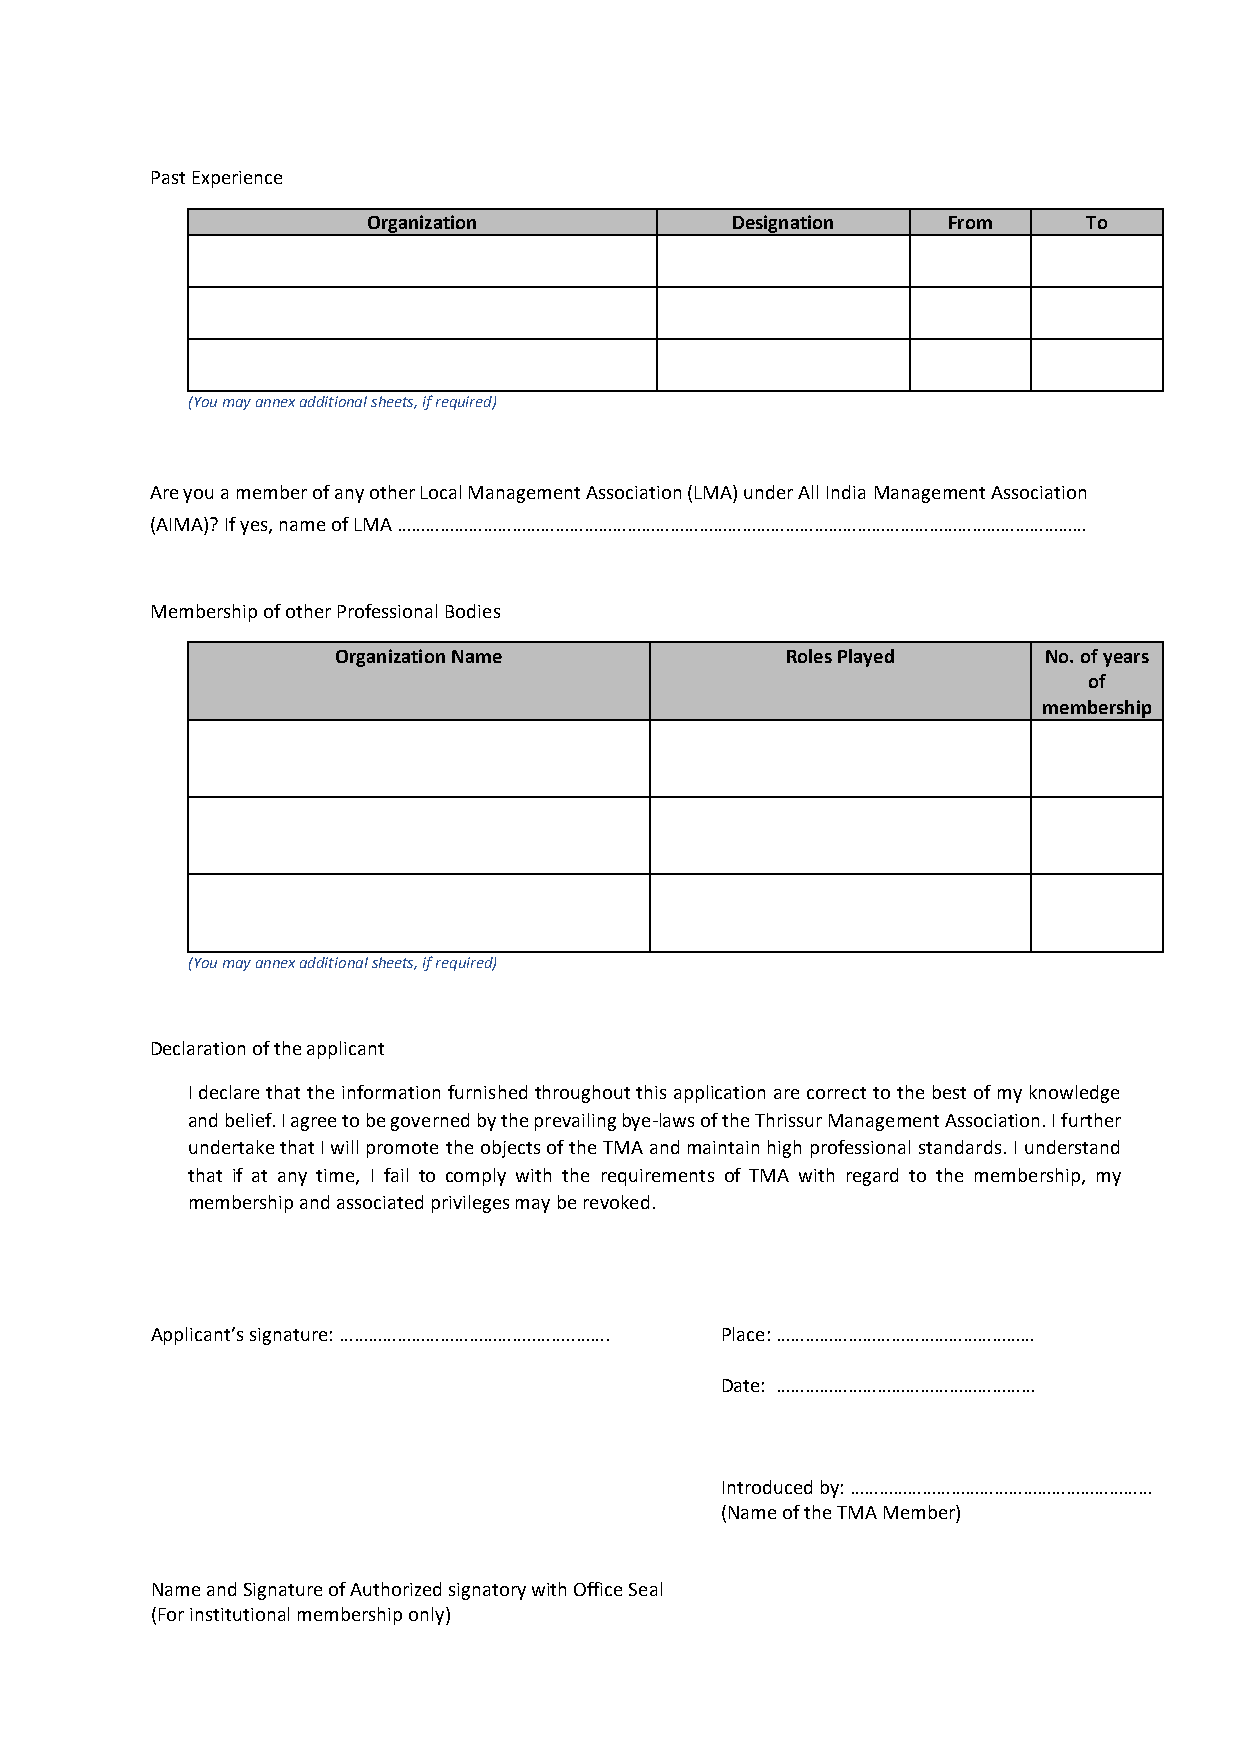
Past Experience
 Organization            Designation    From     To
 (You may annex additional sheets, if required)
 Are you a member of any other Local Management Association (LMA) under All India Management Association
 (AIMA)? If yes, name of LMA ………………………………………………………………………………………………………………………………
 Membership of other Professional Bodies
 Organization Name             Roles Played     No. of years
 of
 membership
 (You may annex additional sheets, if required)
 Declaration of the applicant
 I declare that the information furnished throughout this application are correct to the best of my knowledge
 and belief. I agree to be governed by the prevailing bye-laws of the Thrissur Management Association. I further
 undertake that I will promote the objects of the TMA and maintain high professional standards. I understand
 that if at any time, I fail to comply with the requirements of TMA with regard to the membership, my
 membership and associated privileges may be revoked.
 Applicant’s signature: …………………………………..……..……. Place: ………………………………………………
 Date: ………………………………………………
 Introduced by: ………………………………………………………
 (Name of the TMA Member)
 Name and Signature of Authorized signatory with Office Seal
 (For institutional membership only)